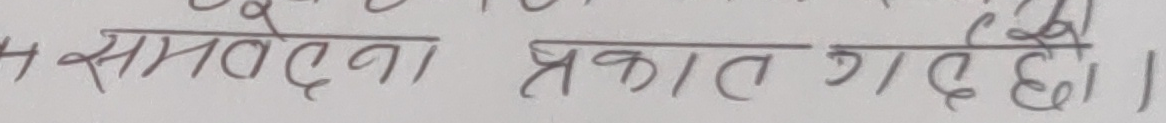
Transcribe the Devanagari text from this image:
त संवेदना प्रकात गर्दछन् ।